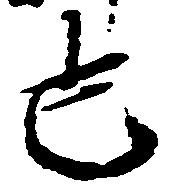
也